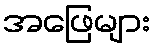
အဖြေများ